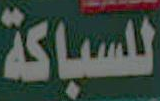
للسباكة